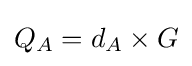
Q_{A}=d_{A}\times G